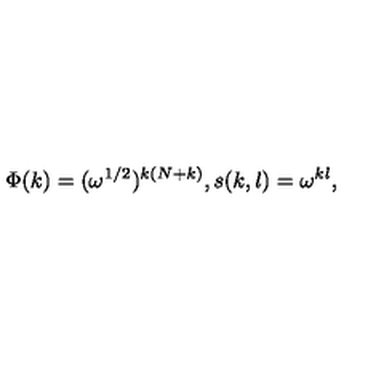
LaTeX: \Phi ( k ) = ( \omega ^ { 1 / 2 } ) ^ { k ( N + k ) } , s ( k , l ) = \omega ^ { k l } ,